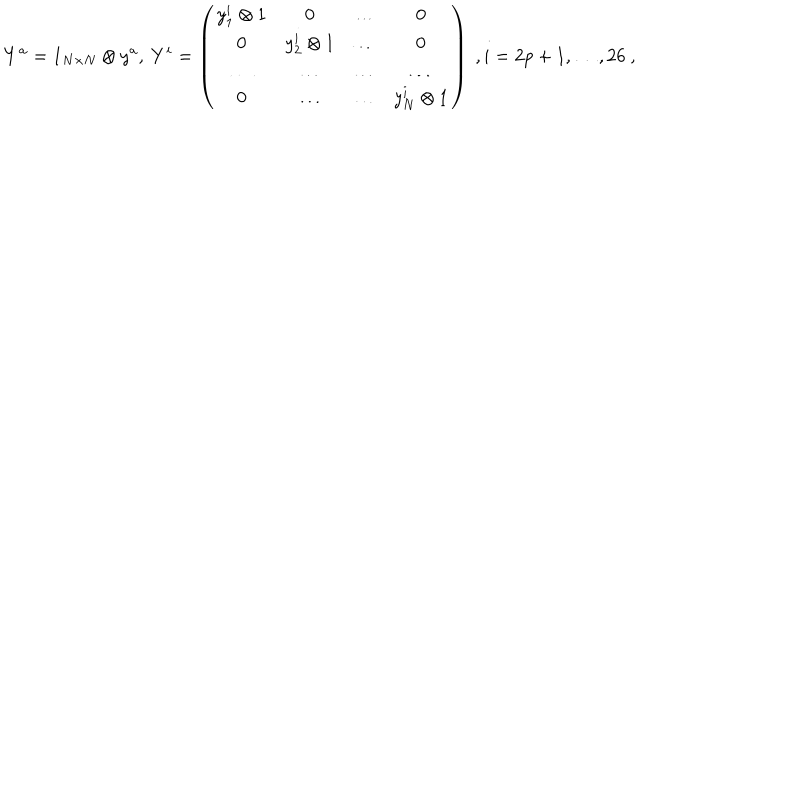
Y ^ { a } = 1 _ { N \times N } \otimes y ^ { a } , \ Y ^ { i } = \left( \begin{array} { c c c c } { { y _ { 1 } ^ { i } \otimes 1 } } & { { 0 } } & { { \dots } } & { { 0 } } \\ { { 0 } } & { { y _ { 2 } ^ { i } \otimes 1 } } & { { \dots } } & { { 0 } } \\ { { \dots } } & { { \dots } } & { { \dots } } & { { \dots } } \\ { { 0 } } & { { \dots } } & { { \dots } } & { { y _ { N } ^ { i } \otimes 1 } } \\ \end{array} \right) \ , i = 2 p + 1 , \dots , 2 6 \ ,